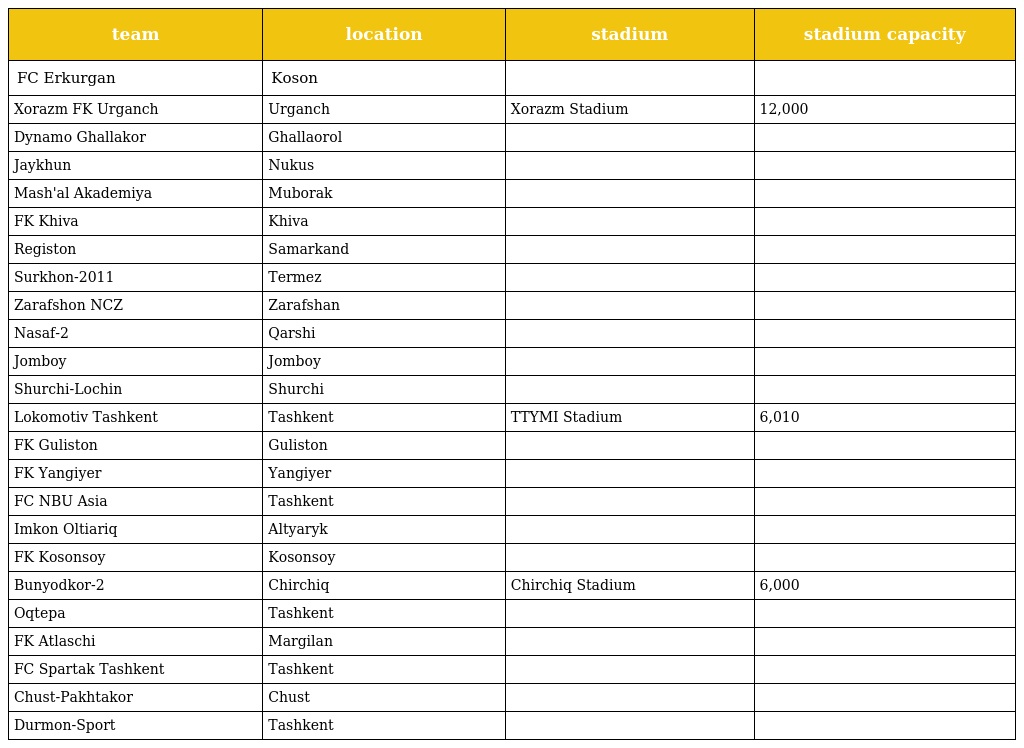
| team | location | stadium | stadium capacity |
 | --- | --- | --- | --- |
 | FC Erkurgan | Koson |  |  |
 | Xorazm FK Urganch | Urganch | Xorazm Stadium | 12,000 |
 | Dynamo Ghallakor | Ghallaorol |  |  |
 | Jaykhun | Nukus |  |  |
 | Mash'al Akademiya | Muborak |  |  |
 | FK Khiva | Khiva |  |  |
 | Registon | Samarkand |  |  |
 | Surkhon-2011 | Termez |  |  |
 | Zarafshon NCZ | Zarafshan |  |  |
 | Nasaf-2 | Qarshi |  |  |
 | Jomboy | Jomboy |  |  |
 | Shurchi-Lochin | Shurchi |  |  |
 | Lokomotiv Tashkent | Tashkent | TTYMI Stadium | 6,010 |
 | FK Guliston | Guliston |  |  |
 | FK Yangiyer | Yangiyer |  |  |
 | FC NBU Asia | Tashkent |  |  |
 | Imkon Oltiariq | Altyaryk |  |  |
 | FK Kosonsoy | Kosonsoy |  |  |
 | Bunyodkor-2 | Chirchiq | Chirchiq Stadium | 6,000 |
 | Oqtepa | Tashkent |  |  |
 | FK Atlaschi | Margilan |  |  |
 | FC Spartak Tashkent | Tashkent |  |  |
 | Chust-Pakhtakor | Chust |  |  |
 | Durmon-Sport | Tashkent |  |  |